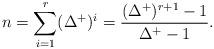
LaTeX: \begin{align*}n=\sum_{i=1}^r (\Delta^+)^i = \frac{(\Delta^+)^{r+1}-1}{\Delta^+-1}.\end{align*}